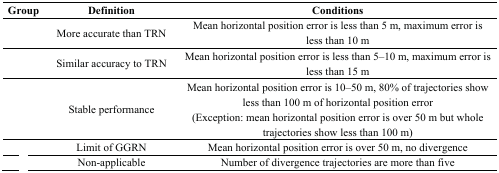
<table><thead><tr><td><b>Group</b></td><td><b>Definition</b></td><td><b>Conditions</b></td></tr></thead><tbody><tr><td>[EMPTY_CELL]</td><td>More accurate than TRN</td><td>Mean horizontal position error is less than 5 m, maximum error is less than 10 m</td></tr><tr><td>[EMPTY_CELL]</td><td>Similar accuracy to TRN</td><td>Mean horizontal position error is less than 5–10 m, maximum error is less than 15 m</td></tr><tr><td>[EMPTY_CELL]</td><td>Stable performance</td><td>Mean horizontal position error is 10–50 m, 80% of trajectories show less than 100 m of horizontal position error(Exception: mean horizontal position error is over 50 m but whole trajectories show less than 100 m)</td></tr><tr><td>[EMPTY_CELL]</td><td>Limit of GGRN</td><td>Mean horizontal position error is over 50 m, no divergence</td></tr><tr><td>[EMPTY_CELL]</td><td>Non-applicable</td><td>Number of divergence trajectories are more than five</td></tr></tbody></table>